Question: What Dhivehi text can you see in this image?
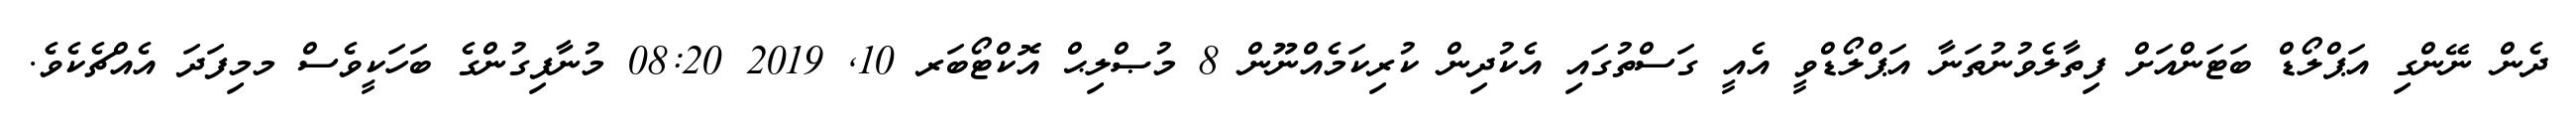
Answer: ދެން ނޭންގި އަޕްލޯޑް ބަޓަންއަށް ފިތާލެވުނުތަނާ އަޕްލޯޑްވީ އެއީ ގަސްތުގައި އެކުދިން ކުރިކަމެއްނޫން 8 މުޞްލިޙް އޮކްޓޯބަރ 10, 2019 08:20 މުނާފިގުންގެ ބަހަކީވެސް މމިފަދަ އެއްޗެކެވެ.